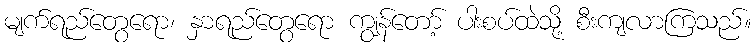
မျက်ရည်တွေရော၊ နှာရည်တွေရော ကျွန်တော့် ပါးစပ်ထဲသို့ စီးကျလာကြသည်။